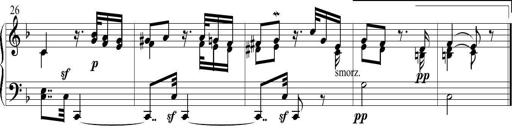
Title: 6 Leichte Sonatinen, Teil 1
Composer: F. Sigismund Sander